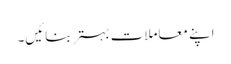
اپنے معاملات بہتر بنائیں۔